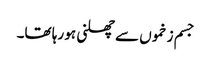
جسم زخموں سے چھلنی ہو رہا تھا۔